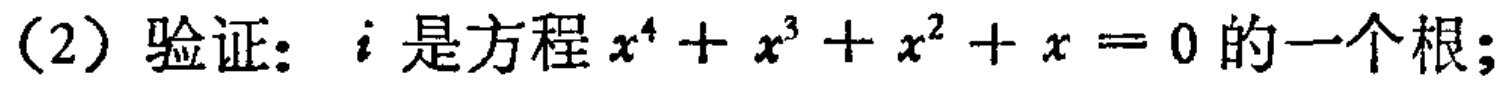
（2）验证：$i$是方程$x^{4}+x^{3}+x^{2}+x = 0$的一个根；